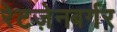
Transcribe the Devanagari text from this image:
रेटज़ेनबर्गर